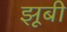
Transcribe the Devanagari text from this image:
झूबी